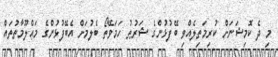
މި ދެ ކޮމިޝަނަށް ކުރިމަތިލެއްވި ބޭފުޅުންގެ ޝަރުޠު ހަމަވޭތޯ ބެލުމަށް އެބޭފުޅުންގެ މަޢްލޫމާތުތައް